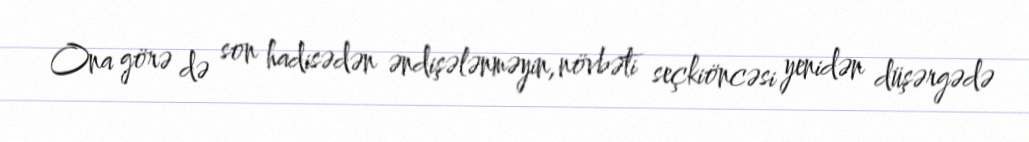
Ona görə də son hadisədən əndişələnməyin, növbəti seçkiöncəsi yenidən düşərgədə